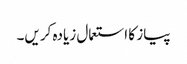
پیاز کا استعمال زیادہ کریں۔